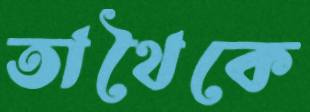
তাথৈকে